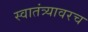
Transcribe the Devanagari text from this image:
स्वातंत्र्यावरच